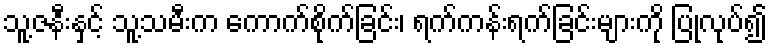
သူ့ဇနီးနှင့် သူ့သမီးက ကောက်စိုက်ခြင်း၊ ရက်ကန်းရက်ခြင်းများကို ပြုလုပ်၍